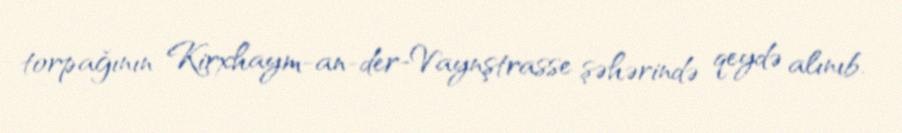
torpağının Kirxhaym-an-der-Vaynştrasse şəhərində qeydə alınıb.